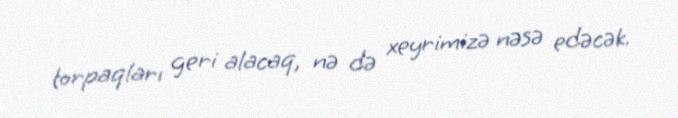
torpaqları geri alacaq, nə də xeyrimizə nəsə edəcək.